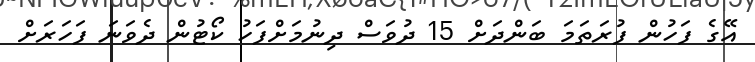
އޭގެ ފަހުން ފުރަތަމަ ބަންދަށް 15 ދުވަސް ދިނުމަށްފަހު ކޯޓުން ދެވަނަ ފަހަރަށް